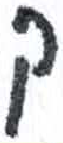
אות: ק